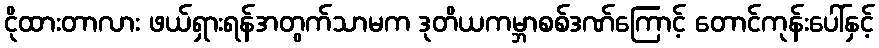
ငိုထားတာလား ဖယ်ရှားရန်အတွက်သာမက ဒုတိယကမ္ဘာစစ်ဒဏ်ကြောင့် တောင်ကုန်းပေါ်နှင့်